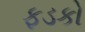
ફડકો